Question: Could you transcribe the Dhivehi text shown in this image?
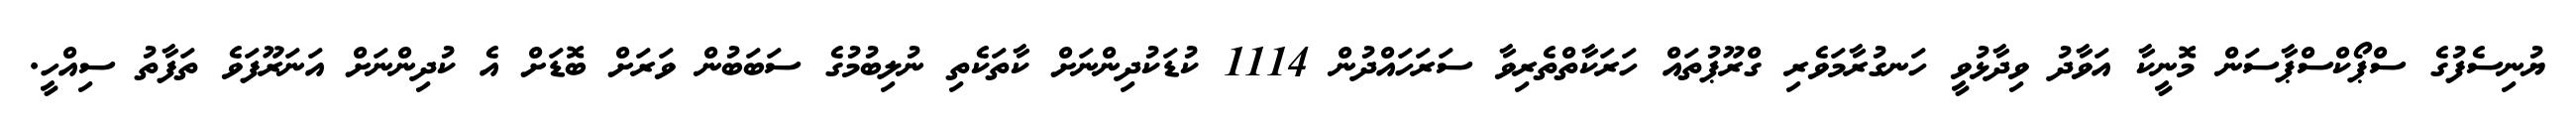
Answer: ޔުނިސެފުގެ ސްޕޯކްސްޕާސަން މޮނީކާ އަވާދު ވިދާޅުވީ ހަނގުރާމަވެރި ގްރޫޕުތައް ހަރަކާތްތެރިވާ ސަރަހައްދުން 1114 ކުޑަކުދިންނަށް ކާތަކެތި ނުލިބުމުގެ ސަބަބުން ވަރަށް ބޮޑަށް އެ ކުދިންނަށް އަނަރޫފަވެ ތަފާތު ސިއްހީ.